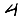
Digit: 4